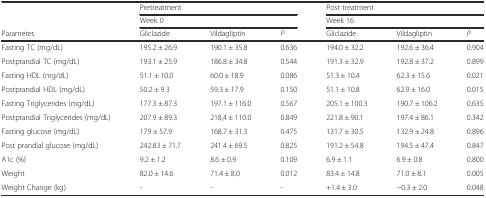
<table><thead><tr><td rowspan="2"></td><td colspan="3"><b>Pretreatment</b></td><td colspan="3"><b>Post treatment</b></td></tr><tr><td colspan="3"><b>Week 0</b></td><td colspan="3"><b>Week 16</b></td></tr><tr><td><b>Parametes</b></td><td><b>Gliclazide</b></td><td><b>Vildagliptin</b></td><td><b><i>P</i></b></td><td><b>Gliclazide</b></td><td><b>Vildagliptin</b></td><td><b><i>P</i></b></td></tr></thead><tbody><tr><td>Fasting TC (mg/dL)</td><td>195.2 ± 26.9</td><td>190.1 ± 35.8</td><td>0.636</td><td>194.0 ± 32.2</td><td>192.6 ± 36.4</td><td>0.904</td></tr><tr><td>Postprandial TC (mg/dL)</td><td>193.1 ± 25.9</td><td>186.8 ± 34.8</td><td>0.544</td><td>191.3 ± 32.9</td><td>192.8 ± 37.2</td><td>0.899</td></tr><tr><td>Fasting HDL (mg/dL)</td><td>51.1 ± 10.0</td><td>60.0 ± 18.9</td><td>0.086</td><td>51.3 ± 10.4</td><td>62.3 ± 15.6</td><td>0.021</td></tr><tr><td>Postprandial HDL (mg/dL)</td><td>50.2 ± 9.3</td><td>59.3 ± 17.9</td><td>0.150</td><td>51.1 ± 10.8</td><td>62.9 ± 16.0</td><td>0.015</td></tr><tr><td>Fasting Triglycerides (mg/dL)</td><td>177.3 ± 87.3</td><td>197.1 ± 116.0</td><td>0.567</td><td>205.1 ± 100.3</td><td>190.7 ± 106.2</td><td>0.635</td></tr><tr><td>Postprandial Triglycerides (mg/dL)</td><td>207.9 ± 89.3</td><td>218,4 ± 110.0</td><td>0.849</td><td>221.8 ± 90.1</td><td>197.4 ± 86.1</td><td>0.342</td></tr><tr><td>Fasting glucose (mg/dL)</td><td>179 ± 57.9</td><td>168.7 ± 31.3</td><td>0.475</td><td>131.7 ± 30.5</td><td>132.9 ± 24.8</td><td>0.896</td></tr><tr><td>Post prandial glucose (mg/dL)</td><td>242.83 ± 71.7</td><td>241.4 ± 69.5</td><td>0.825</td><td>191.2 ± 54.8</td><td>194.5 ± 47.4</td><td>0.847</td></tr><tr><td>A1c (%)</td><td>9.2 ± 1.2</td><td>8.6 ± 0.9</td><td>0.109</td><td>6.9 ± 1.1</td><td>6.9 ± 0.8</td><td>0.800</td></tr><tr><td>Weight</td><td>82.0 ± 14.6</td><td>71.4 ± 8.0</td><td>0.012</td><td>83.4 ± 14.8</td><td>71.0 ± 8.1</td><td>0.005</td></tr><tr><td>Weight Change (kg)</td><td>-</td><td>-</td><td>-</td><td>+1.4 ± 3.0</td><td>−0.3 ± 2.0</td><td>0.048</td></tr></tbody></table>